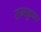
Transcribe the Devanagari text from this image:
रामकृुष्ण